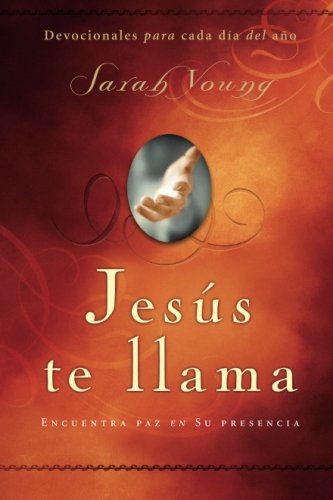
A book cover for JesÃºs te llama: Encuentra paz en su presencia (Spanish Edition); Sarah Young; Christian Books & Bibles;